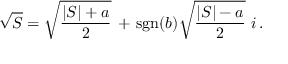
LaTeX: { \sqrt { S } } = { \sqrt { \frac { \vert S \vert + a } { 2 } } } \, + \, \operatorname { s g n } ( b ) { \sqrt { \frac { \vert S \vert - a } { 2 } } } \, \, i \, .